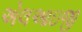
એલઆઇજી